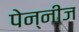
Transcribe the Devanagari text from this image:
पेन्नीज